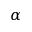
\alpha